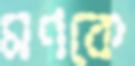
মণকে